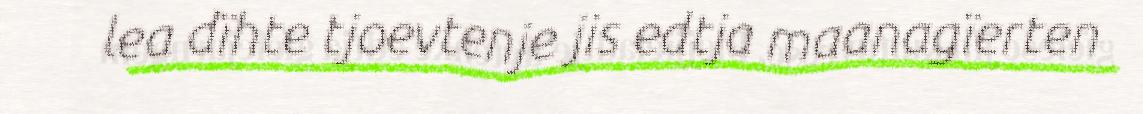
lea dïhte tjoevtenje jis edtja maanagïerten